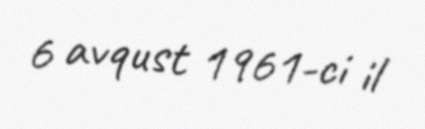
6 avqust 1961-ci il